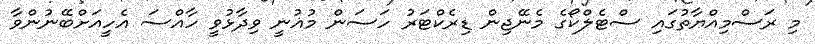
މި ރަސްމިއްޔާތުގައި ސްޓެލްކޯގެ މެނޭޖިން ޑިރެކްޓަރު ހަސަން މުޣުނީ ވިދާޅުވީ ހާއްސަ އެހީއަށްބޭނުންވާ